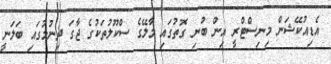
އެޑިއުކޭޝަން މިނިސްޓްރީ އިން ބުނި ގޮތުގައި މާލޭގެ ސްކޫލުތަކުގެ ޖާގަ ދިނުމުގައި ބަލަނީ